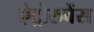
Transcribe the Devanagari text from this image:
ऐट्रोरुबेंस